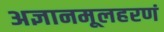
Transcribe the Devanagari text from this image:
अज्ञानमूलहरणं